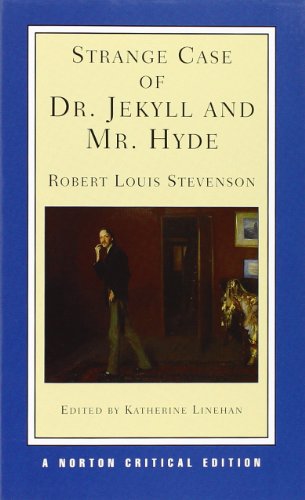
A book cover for Strange Case of Dr. Jekyll and Mr. Hyde (Norton Critical Editions); Robert Louis Stevenson; Literature & Fiction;